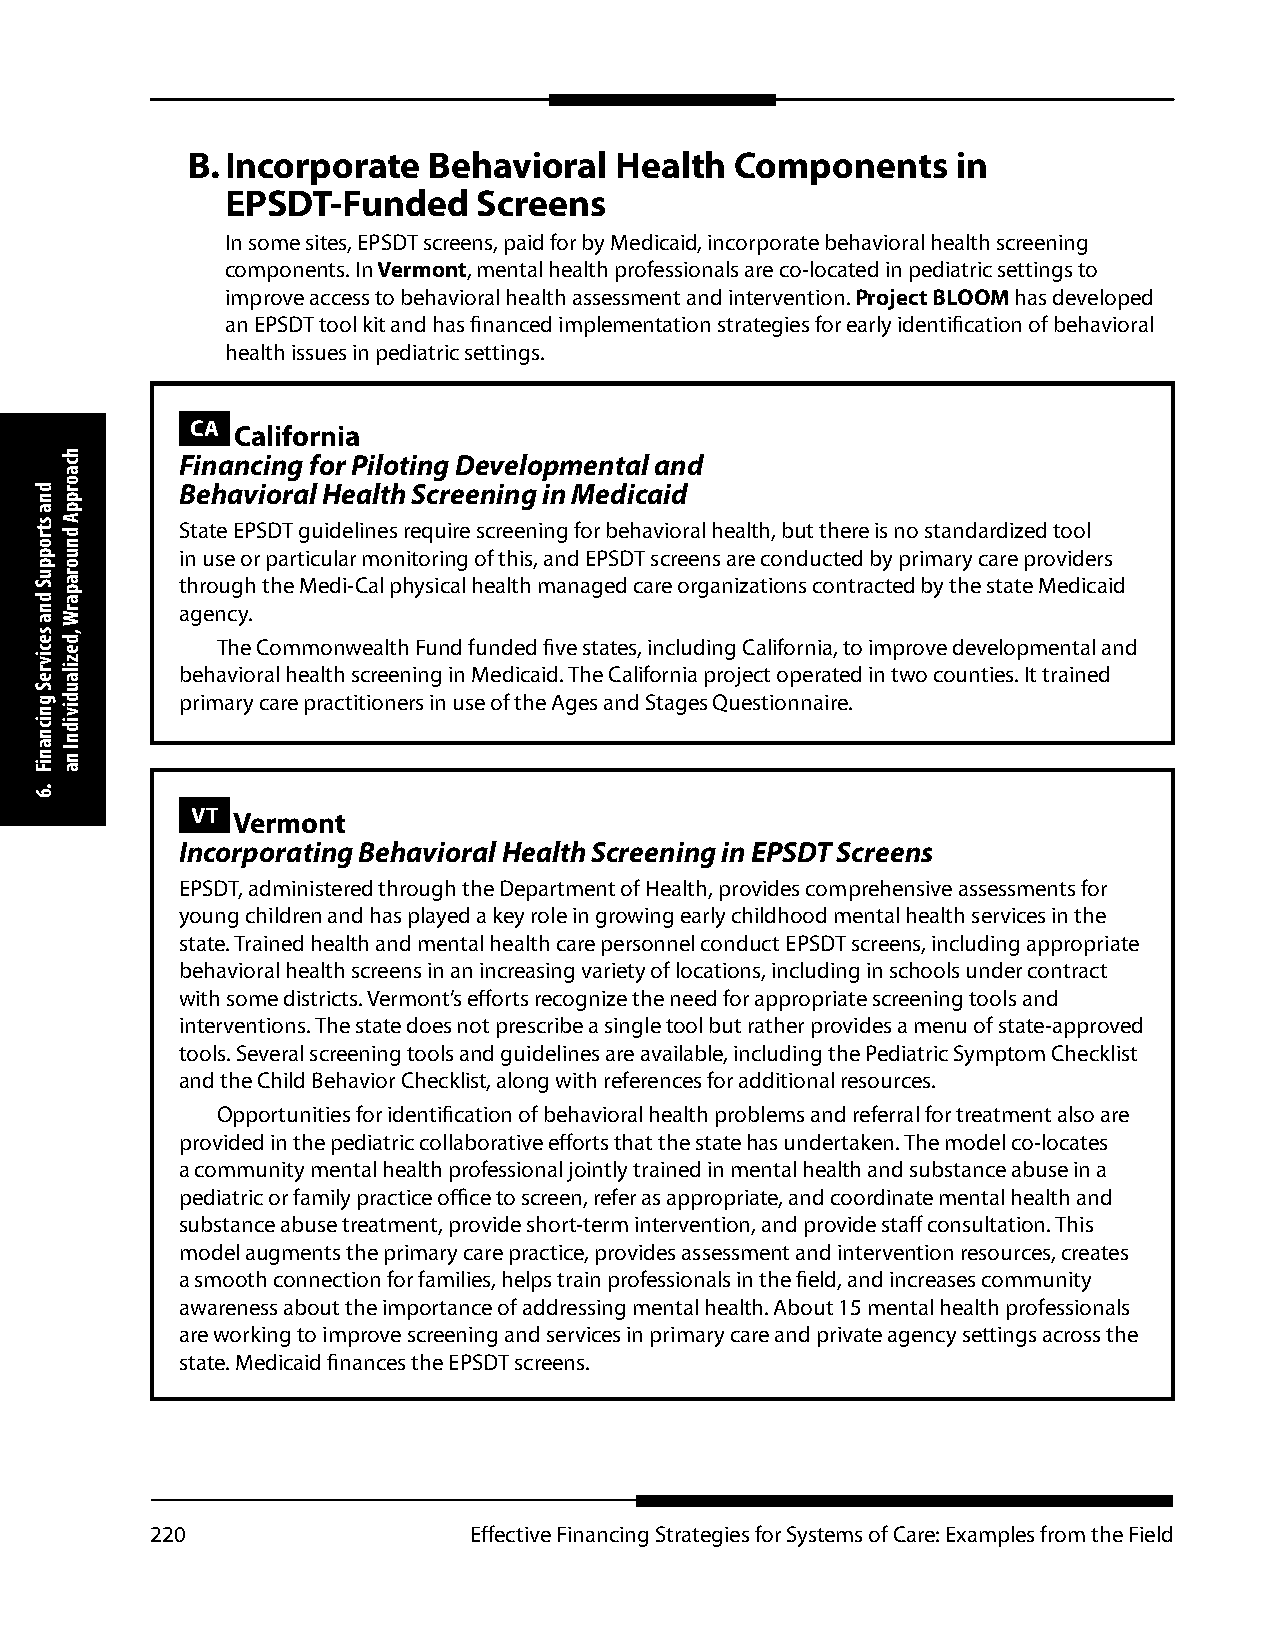
B. Incorporate  Behavioral   Health  Components    in
 EPSDT-Funded     Screens
 In some sites, EPSDT screens, paid for by Medicaid, incorporate behavioral health screening
 components. In Vermont, mental health professionals are co-located in pediatric settings to
 improve access to behavioral health assessment and intervention. Project BLOOM has developed
 an EPSDT tool kit and has financed implementation strategies for early identification of behavioral
 health issues in pediatric settings.
 CA California
 Financing for Piloting Developmental and
 Behavioral Health Screening in Medicaid
 State EPSDT guidelines require screening for behavioral health, but there is no standardized tool
 in use or particular monitoring of this, and EPSDT screens are conducted by primary care providers
 through the Medi-Cal physical health managed care organizations contracted by the state Medicaid
 agency.
 The Commonwealth Fund funded five states, including California, to improve developmental and
 behavioral health screening in Medicaid. The California project operated in two counties. It trained
 primary care practitioners in use of the Ages and Stages Questionnaire.
 VT Vermont
 Incorporating Behavioral Health Screening in EPSDT Screens
 EPSDT, administered through the Department of Health, provides comprehensive assessments for
 young children and has played a key role in growing early childhood mental health services in the
 state. Trained health and mental health care personnel conduct EPSDT screens, including appropriate
 behavioral health screens in an increasing variety of locations, including in schools under contract
 with some districts. Vermont’s efforts recognize the need for appropriate screening tools and
 interventions. The state does not prescribe a single tool but rather provides a menu of state-approved
 tools. Several screening tools and guidelines are available, including the Pediatric Symptom Checklist
 and the Child Behavior Checklist, along with references for additional resources.
 Opportunities for identification of behavioral health problems and referral for treatment also are
 provided in the pediatric collaborative efforts that the state has undertaken. The model co-locates
 a community mental health professional jointly trained in mental health and substance abuse in a
 pediatric or family practice office to screen, refer as appropriate, and coordinate mental health and
 substance abuse treatment, provide short-term intervention, and provide staff consultation. This
 model augments the primary care practice, provides assessment and intervention resources, creates
 a smooth connection for families, helps train professionals in the field, and increases community
 awareness about the importance of addressing mental health. About 15 mental health professionals
 are working to improve screening and services in primary care and private agency settings across the
 state. Medicaid finances the EPSDT screens.
 220                  Effective Financing Strategies for Systems of Care: Examples from the Field
 dna
 stroppuS
 dna
 secivreS
 gnicnaniF
 .6
 hcaorppA
 dnuoraparW
 ,dezilaudividnI
 na